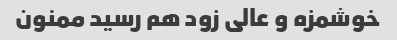
خوشمزه و عالی زود هم رسید ممنون